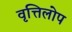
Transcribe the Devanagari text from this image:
वृत्तिलोप